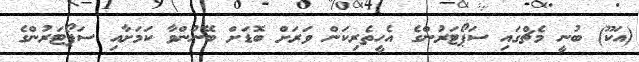
(އަކޫ) ބުނީ މެޗްގައި ސަޕޯޓަރުންގެ އެހީތެރިކަން ވަރަށް ބޮޑަށް ބޭނުންވާ ކަމަށާއި ސަޕޯޓަރުންގެ